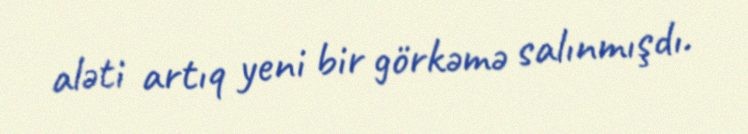
aləti artıq yeni bir görkəmə salınmışdı.